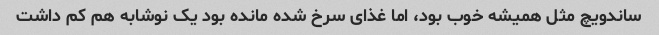
ساندویچ مثل همیشه خوب بود، اما غذای سرخ شده مانده بود یک نوشابه هم کم داشت